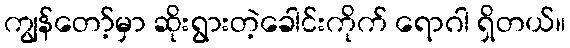
ကျွန်တော့်မှာ ဆိုးရွားတဲ့ခေါင်းကိုက် ရောဂါ ရှိတယ်။